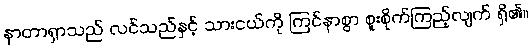
နာတာရှာသည် လင်သည်နှင့် သားငယ်ကို ကြင်နာစွာ စူးစိုက်ကြည့်လျက် ရှိ၏။